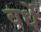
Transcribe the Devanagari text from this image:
वर्धे